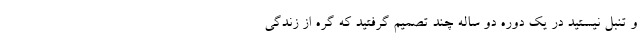
و تنبل نیستید در یک دوره دو ساله چند تصمیم گرفتید که گره از زندگی